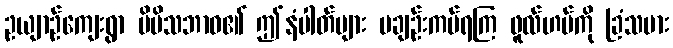
ဥယျာဉ်ကျေးရွာ မိမိသဘာဝ၏ ဤနံပါတ်များ မချဉ်းကပ်ရကြ ဖူလ်ဟမ်ကို ခြံသမား